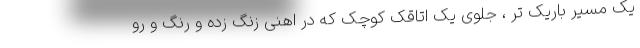
یک مسیر باریک تر ، جلوی یک اتاقک کوچک که در اهنی زنگ زده و رنگ و رو